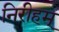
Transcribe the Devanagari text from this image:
निरीहम्